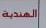
الهندية